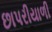
છાપરીયાળી